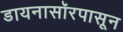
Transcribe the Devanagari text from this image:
डायनासॉरपासून